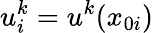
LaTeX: u_{i}^{k}=u^{k}(x_{0i})